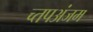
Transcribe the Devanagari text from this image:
च्तपअंजम